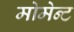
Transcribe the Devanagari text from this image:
मोमेन्ट